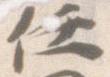
任